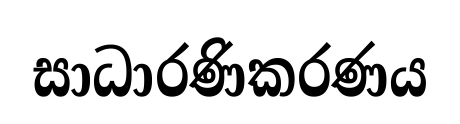
සාධාරණිකරණය